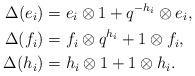
LaTeX: \begin{align*}\Delta (e_{i})&=e_{i} \otimes 1 + q^{-h_{i}} \otimes e_{i}, \\\Delta (f_{i})&=f_{i} \otimes q^{h_{i}} + 1 \otimes f_{i}, \\\Delta (h_{i})&=h_{i} \otimes 1 + 1 \otimes h_{i}. \end{align*}